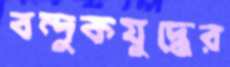
বন্দুকযুদ্ধের